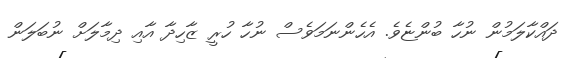
ދައްކާލަމުން ނުހާ ބުންޏެވެ. އެހެންނަމަވެސް ނުހާ ހުރީ ޒާހިދާ އާއި ދިމާލަށް ނުބަލަން